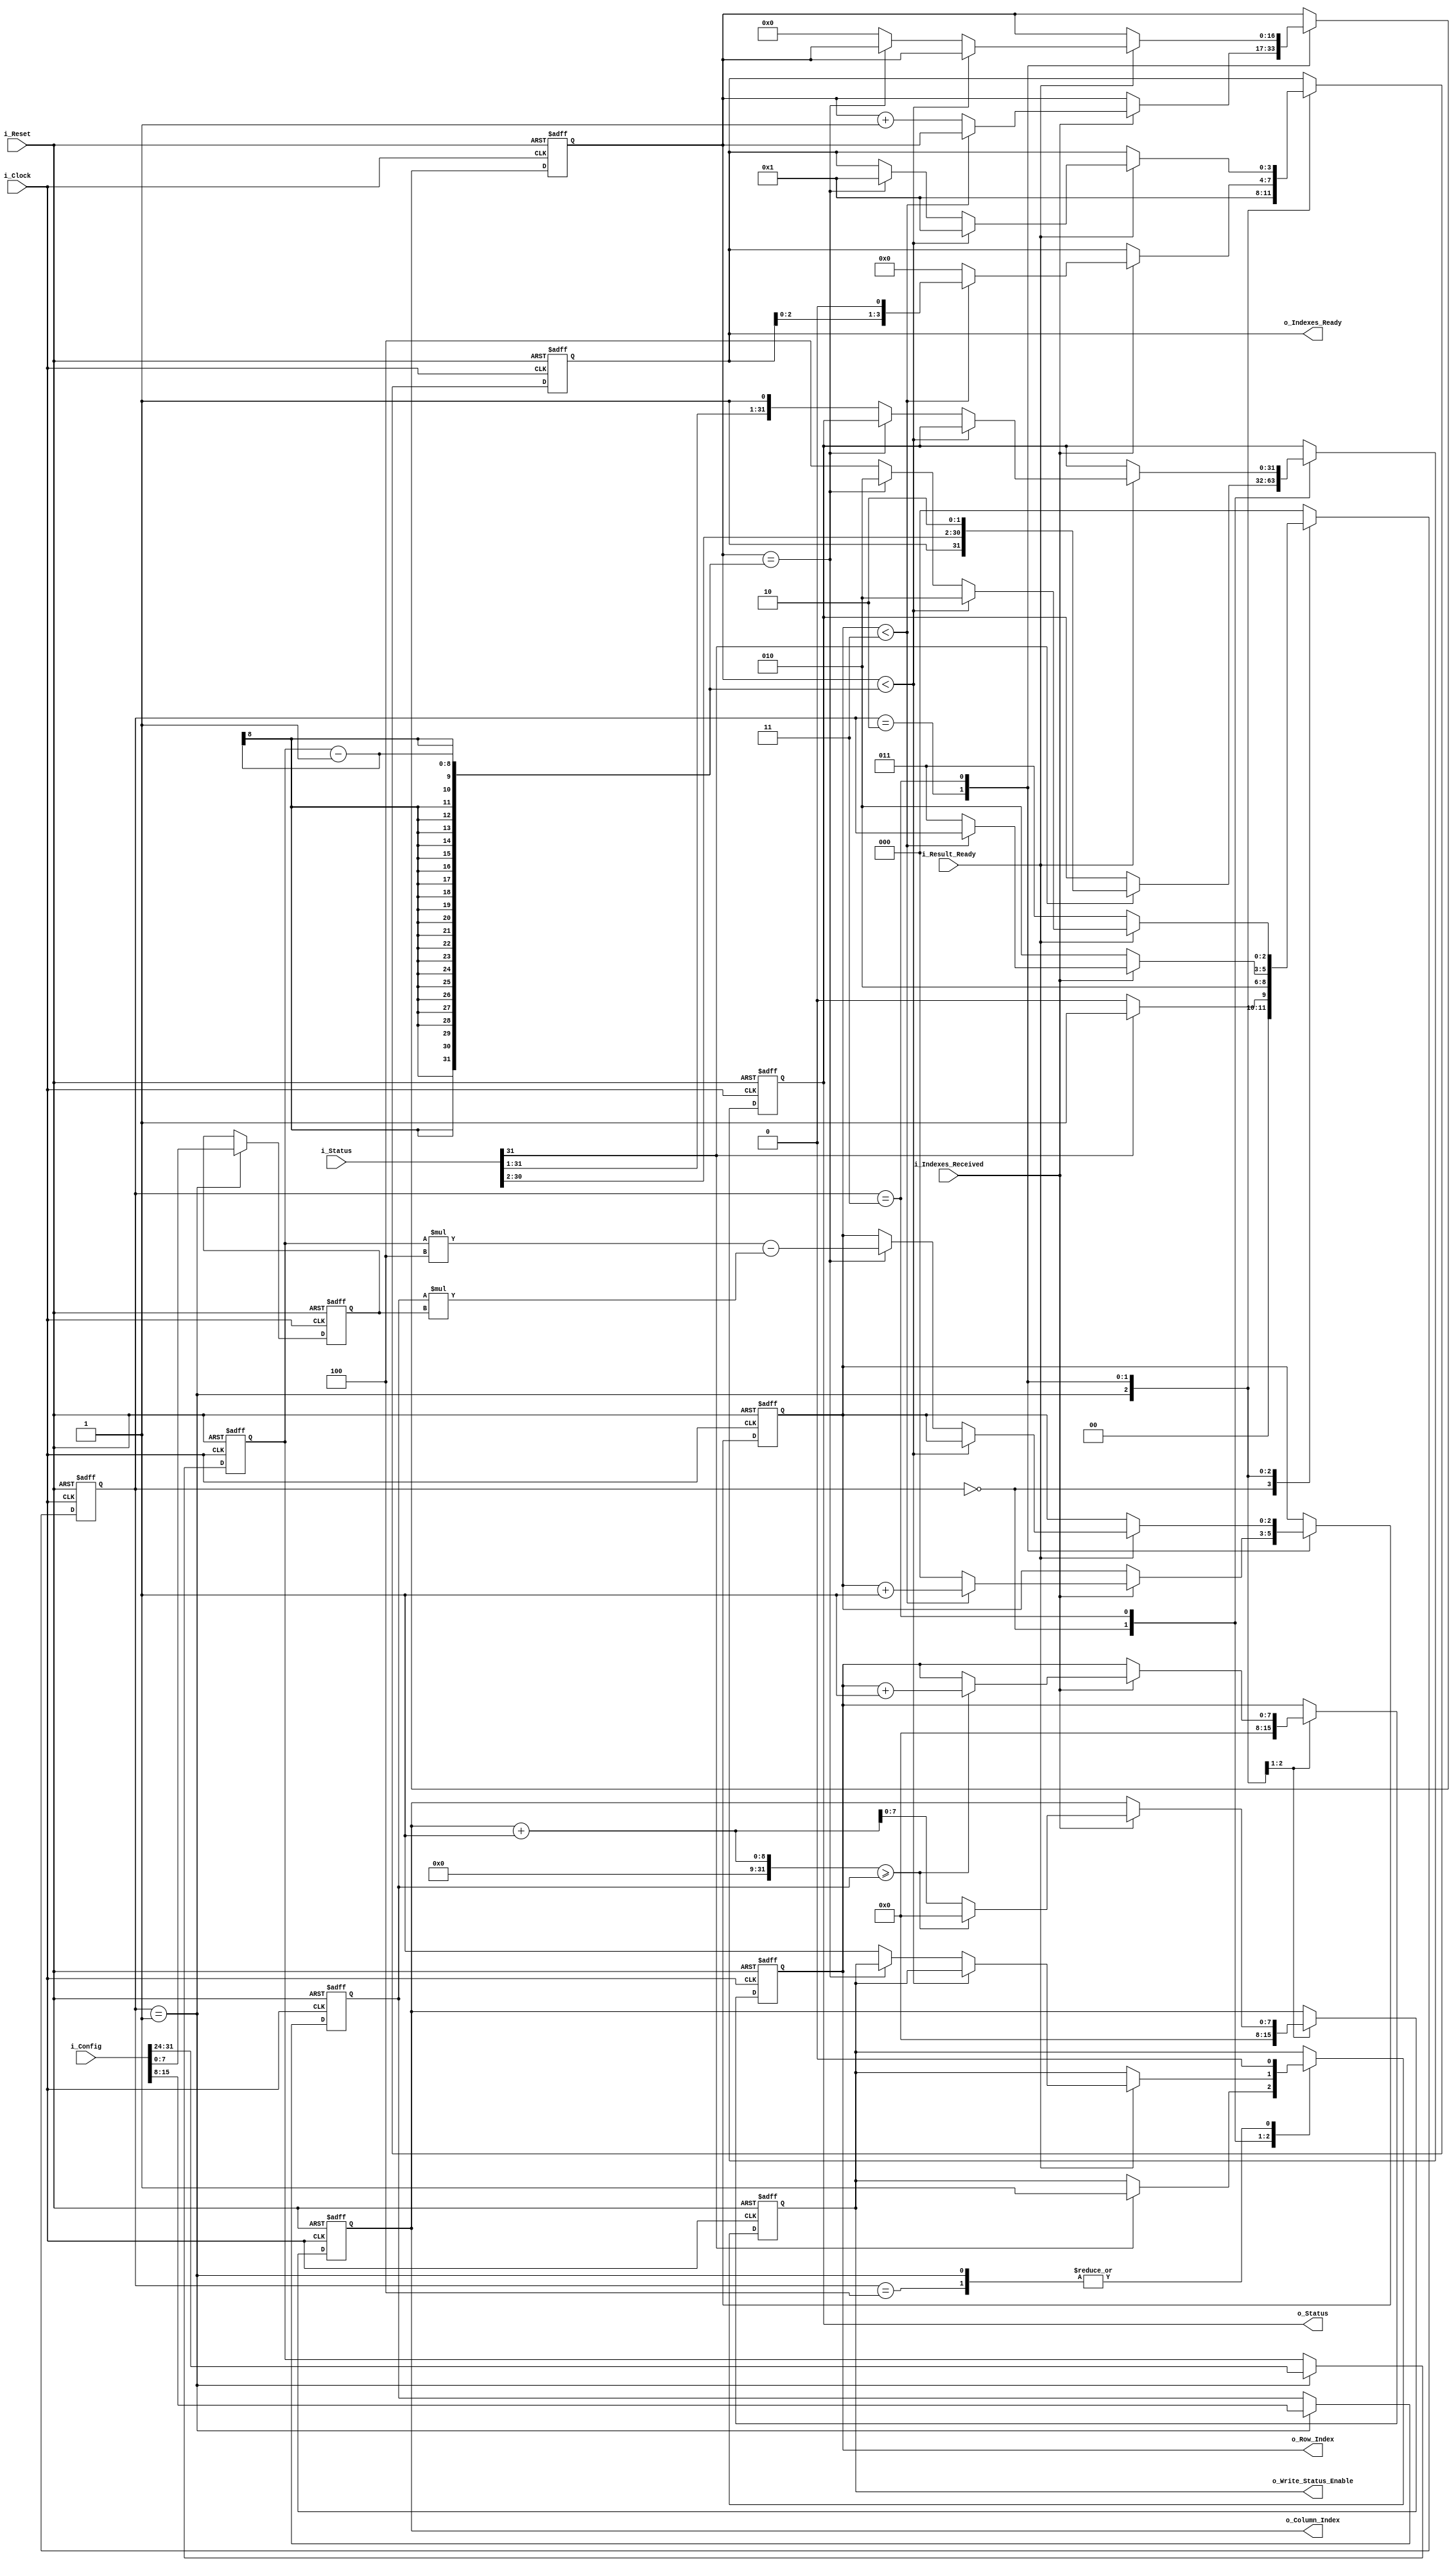
`timescale 1ns/1ns
module main_CU #(
	parameter p = 4,				//number of processors
	parameter index_width = 8,		//width of i, j, lambda, gamma, mu
	parameter memory_size = 1024,	//:)
	parameter memory_size_log = 10	//:)
) (
    input [31:0] i_Config,	// config in memory
	input [31:0] i_Status, // Status in memory 
    input i_Clock,
    input i_Indexes_Received,
    input i_Result_Ready,
	input i_Reset,
    output wire[index_width-1:0] o_Row_Index,
    output wire[index_width-1:0] o_Column_Index,
    output reg[p-1:0] o_Indexes_Ready,
	output [31:0] o_Status,
	output reg o_Write_Status_Enable
);

//counters
reg[$clog2(p):0] r_Processor_Counter;	// 0 to p
reg[2*index_width:0] r_Scatter_Counter;	// 0 to \theta

//[scattering limit] and [matrix dimensions] paramter
reg[index_width-1:0] r_Theta;
reg[index_width-1:0] r_Gamma;
reg[index_width-1:0] r_Lambda;

//scattering registers
reg[index_width-1:0] r_row;
reg[index_width-1:0] r_column;

assign o_Row_Index = r_row;
assign o_Column_Index = r_column;

//to update status
reg [31:0] r_Status;
assign o_Status = r_Status;

//states
reg[2:0] r_State;

localparam s_Idle = 3'b000 ;
localparam s_Read_Config = 3'b01;
localparam s_Scatter = 3'b010; //     
localparam s_Wait_For_Ready = 3'b011;
localparam s_Change_Status = 3'b100;

always @(posedge i_Clock or negedge i_Reset) begin
	if (!i_Reset) begin
		r_State <= 0;
		r_row <= 0;
		r_column <= 0;
		r_Processor_Counter <= 0;
		r_Scatter_Counter <= 0;
		r_Theta <= 0;
		r_Gamma <= 0;
		r_Lambda <= 0;
		r_Status <= 0;
		o_Write_Status_Enable <= 0;
		o_Indexes_Ready <= 0;
	end else begin
		case(r_State)
			s_Idle: begin
				if(i_Status[31] == 1'b1) begin
					r_State <= s_Read_Config;
					r_Status <= {i_Status[31:2], 2'b10};
					o_Write_Status_Enable <= 1;
				end
				else r_State <= s_Idle;
			end

			s_Read_Config: begin
				r_Lambda <= i_Config[index_width-1:0];
				r_Gamma <= i_Config[2*index_width-1:index_width];
				r_Theta <= i_Config[4*index_width-1:3*index_width];

				o_Write_Status_Enable <= 0;

				r_State <= s_Scatter;
				//set registers for scattering
				o_Indexes_Ready <= 1;
				r_row <= 0;
				r_column <= 0;
			end

			s_Scatter: begin
				//TODO what if we don't have enough blocks?
				if (i_Indexes_Received == 1) begin
					/*
					 * generate rwo and column number for processors
					 * increase row index till it goes beyound matrix width,
					 * then increase column index and make row index zero
					 */
					if (r_column + 1 >= r_Gamma) begin
						r_column <= 0;
						r_row <= r_row + 1;
					end else begin
						r_column <= r_column + 1;
					end
					//check if we still have processor to assign
					if (r_Processor_Counter < p - 1) begin
						o_Indexes_Ready <= o_Indexes_Ready << 1;
						r_Processor_Counter <= r_Processor_Counter + 1;
					end else begin
						r_Processor_Counter <= 0;
						o_Indexes_Ready <= 0;
						r_State <= s_Wait_For_Ready;
						r_Scatter_Counter <= r_Scatter_Counter + 1;
					end
				end else begin
					r_State <= s_Scatter;
				end			
			end

			s_Wait_For_Ready: begin
				if (i_Result_Ready == 1) begin
					if (r_Scatter_Counter < (r_Theta - 1)) begin
						r_State <= s_Scatter;
						o_Indexes_Ready <= 1;
					end else if (r_Scatter_Counter == (r_Theta - 1)) begin
						r_Processor_Counter <= r_Theta * p - r_Gamma * r_Lambda;	//TODO is this synthesizable?
						r_State <= s_Scatter;
						o_Indexes_Ready <= 1;
					end else begin
						r_State <= s_Change_Status;
						r_Scatter_Counter <= 0;
						r_Status <= {i_Status[31:1], 1'b1};
						o_Write_Status_Enable <= 1;
					end
				end else begin
					r_State <= s_Wait_For_Ready;
				end
			end

			s_Change_Status: begin
				o_Write_Status_Enable <= 0;
				r_State <= s_Idle;
			end

			default: r_State <= s_Idle;
		endcase
	end
end
endmodule